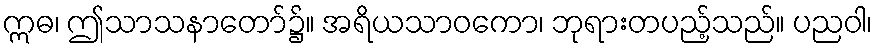
ဣဓ၊ ဤသာသနာတော်၌။ အရိယသာဝကော၊ ဘုရားတပည့်သည်။ ပညဝါ၊